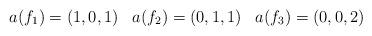
LaTeX: \begin{align*}\begin{array}{c c c}a(f_1)=(1, 0, 1)&a(f_2)=(0, 1, 1)&a(f_3)=(0, 0, 2)\end{array}\end{align*}